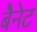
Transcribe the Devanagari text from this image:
बैेनेट